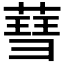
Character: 𦹙